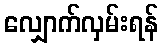
လျှောက်လှမ်းရန်